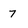
Character: 7